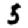
Digit: 5